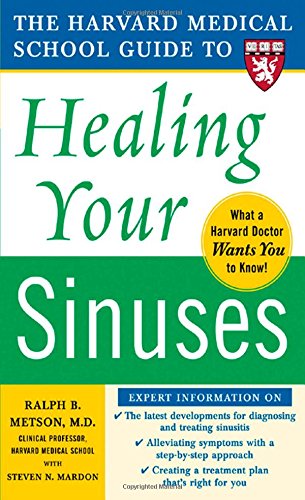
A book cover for Harvard Medical School Guide to Healing Your Sinuses (Harvard Medical School Guides); Ralph Metson; Health, Fitness & Dieting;